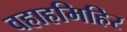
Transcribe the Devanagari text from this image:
वहाहमिहिर